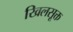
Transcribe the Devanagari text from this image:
खिलसूक्त